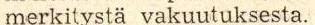
merkitystä vakuutuksesta.